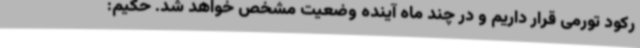
رکود تورمی قرار داریم و در چند ماه آینده وضعیت مشخص خواهد شد. حکیم: